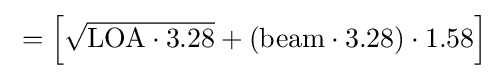
{\textstyle {}=\left[{\sqrt {{\text{LOA}}\cdot 3.28}}+({\text{beam}}\cdot 3.28)\cdot 1.58\right]}